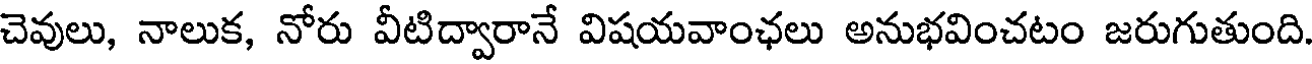
చెవులు, నాలుక, నోరు వీటిద్వారానే విషయవాంఛలు అనుభవించటం జరుగుతుంది.